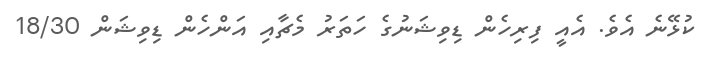
ކުޅޭނެ އެވެ. އެއީ ފިރިހެން ޑިވިޝަނުގެ ހަތަރު މެޗާއި އަންހެން ޑިވިޝަން 18/30